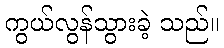
ကွယ်လွန်သွားခဲ့ သည်။